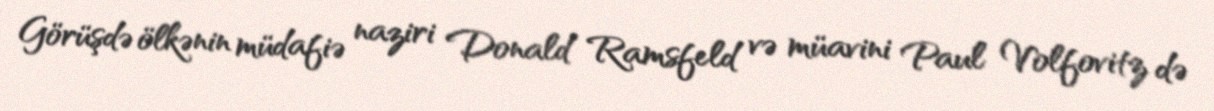
Görüşdə ölkənin müdafiə naziri Donald Ramsfeld və müavini Paul Volfovitz də